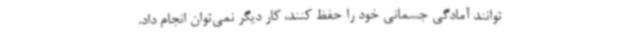
توانند آمادگی جسمانی خود را حفظ کنند، کار دیگر نمی‌توان انجام داد.